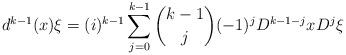
LaTeX: \begin{align*}d^{k-1}(x)\xi = (i)^{k-1} \sum_{j=0}^{k-1} \binom{k-1}{j}(-1)^jD^{k-1-j}xD^j\xi \end{align*}